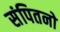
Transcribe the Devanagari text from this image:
संपितनो